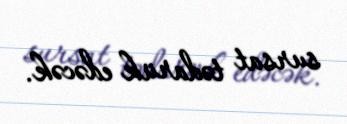
sursat tədarük edəcək.